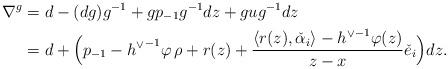
LaTeX: \begin{align*}\nabla^g &= d - (dg) g^{-1} + g p_{-1} g^{-1} dz + g u g^{-1} dz\\&= d + \Big( p_{-1} - {h^\vee}^{-1} \varphi\, \rho + r(z) + \frac{\langle r(z), \check \alpha_i \rangle - {h^\vee}^{-1} \varphi(z)}{z-x} \check e_i \Big) dz.\end{align*}